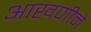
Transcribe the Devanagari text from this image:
आखणीने